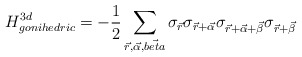
\begin{align*}H_{gonihedric}^{3d}=- \frac{1}{2} \sum_{\vec{r},\vec{\alpha}, \vec{beta}}\sigma_{\vec{r}}\sigma_{\vec{r}+\vec{\alpha}}\sigma_{\vec{r}+\vec{\alpha}+\vec{\beta}}\sigma_{\vec{r}+\vec{\beta}}\end{align*}